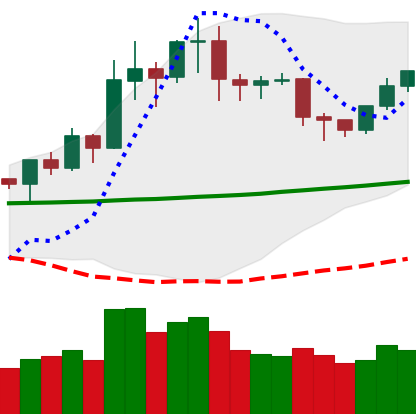
Ticker: NEO-USD
Chart end date: 2020-01-28
Forward return: 5.988%
Label: up_5_7